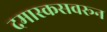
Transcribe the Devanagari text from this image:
दमास्कसवरून